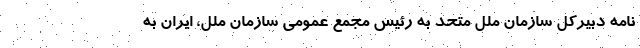
نامه دبیرکل سازمان ملل متحد به رئیس مجمع عمومی سازمان ملل، ایران به